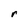
Character: r